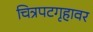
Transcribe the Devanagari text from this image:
चित्रपटगृहावर